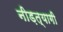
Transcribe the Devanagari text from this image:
नीड़त्यागी